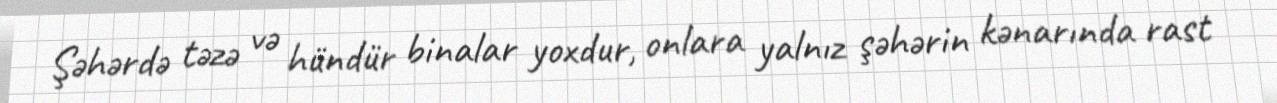
Şəhərdə təzə və hündür binalar yoxdur, onlara yalnız şəhərin kənarında rast